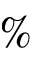
\%